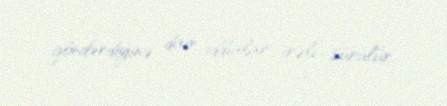
göndərdiyinə dair iddialar irəli sürülür.